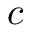
c